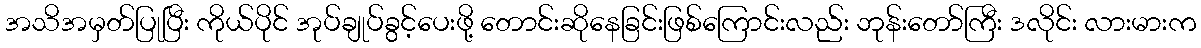
အသိအမှတ်ပြုပြီး ကိုယ်ပိုင် အုပ်ချုပ်ခွင့်ပေးဖို့ တောင်းဆိုနေခြင်းဖြစ်ကြောင်းလည်း ဘုန်းတော်ကြီး ဒလိုင်း လားမားက